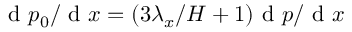
\mathrm { ~ d ~ } p _ { 0 } / \mathrm { ~ d ~ } x = ( 3 \lambda _ { x } / H + 1 ) \mathrm { ~ d ~ } p / \mathrm { ~ d ~ } x